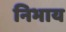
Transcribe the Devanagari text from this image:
निभाय